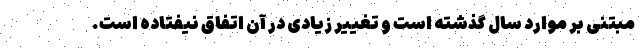
مبتنی بر موارد سال گذشته است و تغییر زیادی در آن اتفاق نیفتاده است.